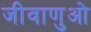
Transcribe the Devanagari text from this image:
जीवाणुओ